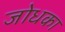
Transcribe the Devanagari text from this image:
जोधका